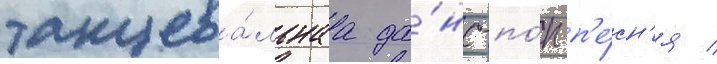
танцева́льнаа да́нс-по́п п'е́сн'я /